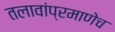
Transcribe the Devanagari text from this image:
तलावांप्रमाणेच